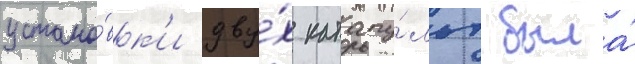
устано́вк'и дву́х катапу́льт была́